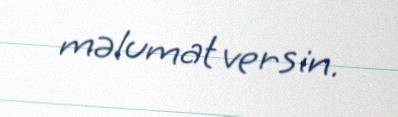
məlumat versin.